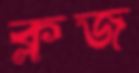
ক্লজ